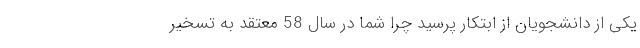
یکی از دانشجویان از ابتکار پرسید چرا شما در سال 58 معتقد به تسخیر